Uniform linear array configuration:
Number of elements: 64
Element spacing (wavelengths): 1
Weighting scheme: hann
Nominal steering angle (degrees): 30
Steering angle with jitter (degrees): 29.084
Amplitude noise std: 0.05
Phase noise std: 0.05

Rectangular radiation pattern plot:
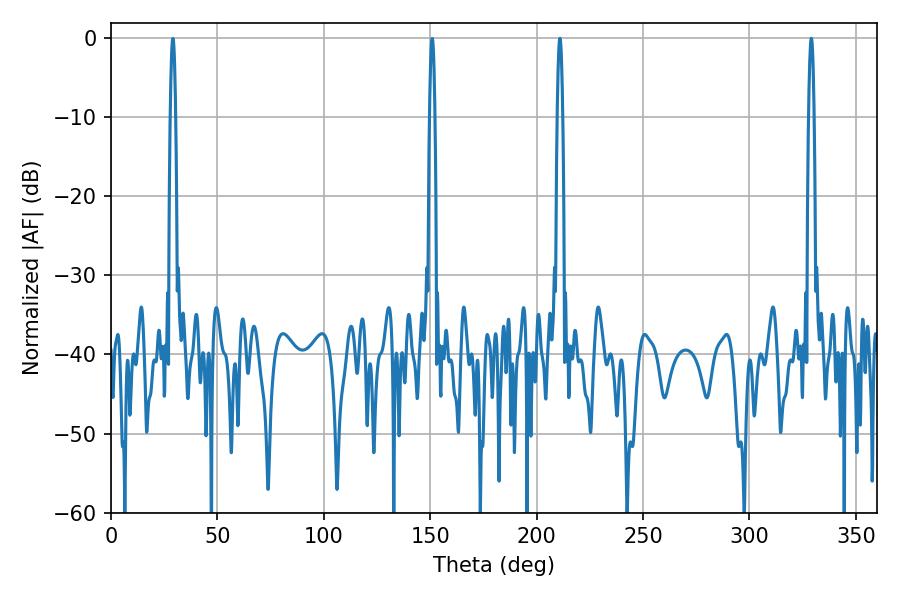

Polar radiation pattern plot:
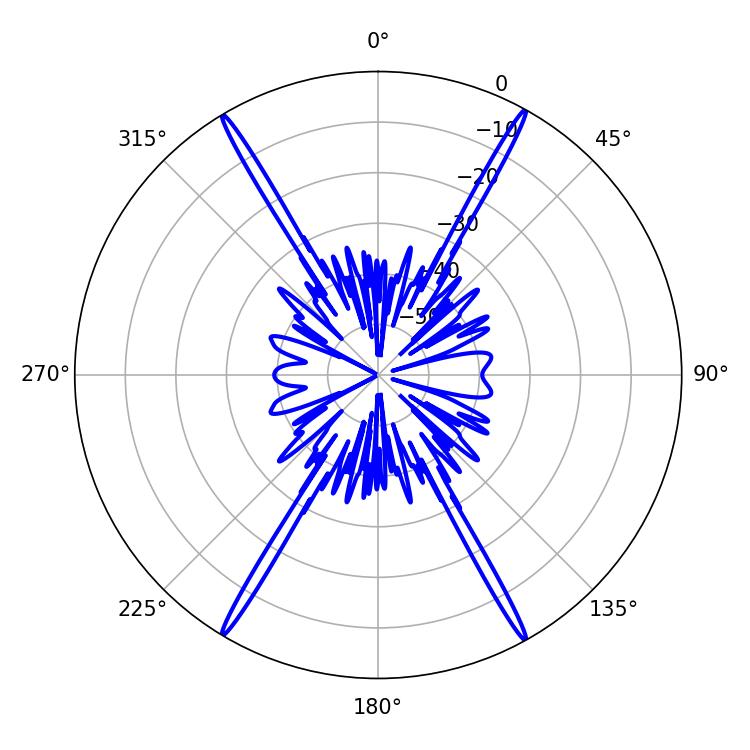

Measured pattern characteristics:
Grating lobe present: TRUE
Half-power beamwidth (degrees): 1.44
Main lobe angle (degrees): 329.04